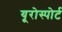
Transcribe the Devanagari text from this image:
यूरोस्पोर्ट